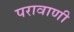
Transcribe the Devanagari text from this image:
परावाणी